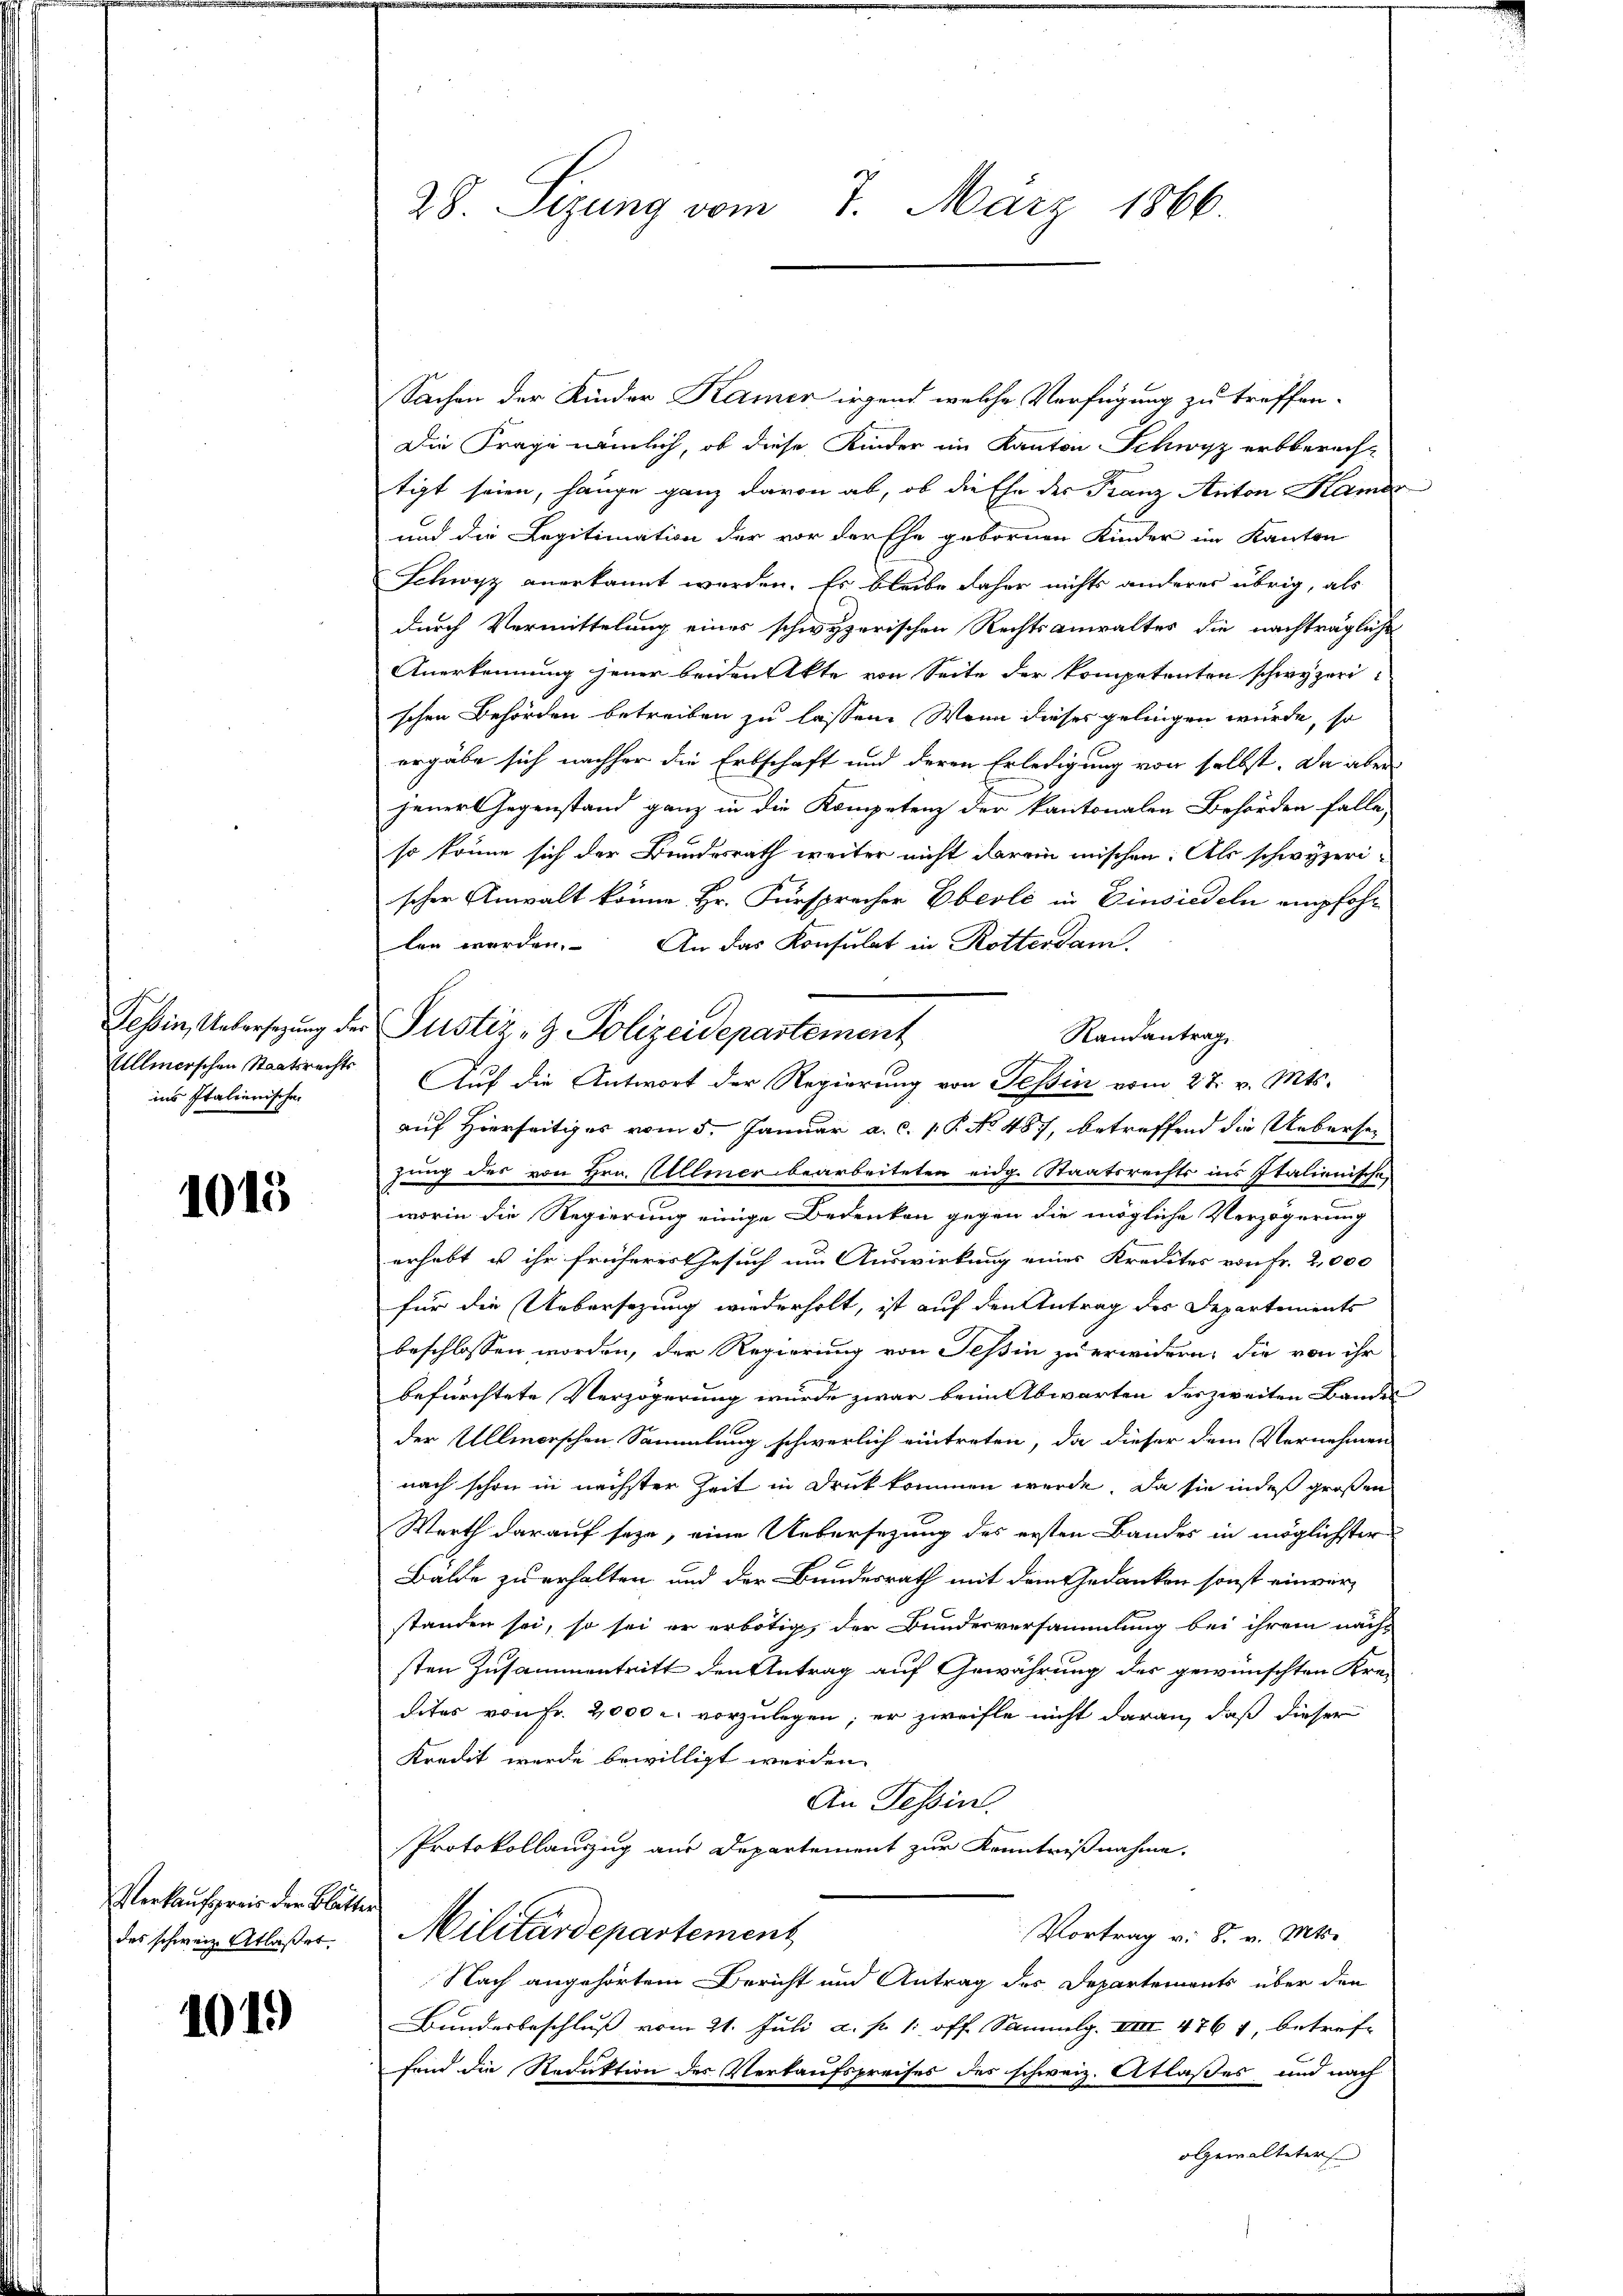
ins Italienischen

1015

Verkaufspreis der Blätter
des schweiz. Atlaßet.

1019

28. Sizung vom 7. März 1866.

Sachen der Kinder Kamer irgend welche Verfügung zu treffen-
Die Frage nämlich, ob diese Kinder im Kanton Schwyz erbberech-
tigt seien, hänge ganz davon ab, ob die Ehe der Franz Anton Kamer
und die Legitimation der vor der Ehe gebornen Kinder im Kanton
Schwyz anerkannt werden. Es bleibe daher nichts anderes übrig, als
durch Vermittelung eines schwyzerischen Rechtsanwaltes die nachträgliche
Anerkennung jener beidenkte von Seite der kompetenten schwyzeri-
schen Behörden betreiben zu lassen. Wenn dieses gelingen würde, so
ergäbe sich nachher die Erbschaft und deren Erledigung von selbst. Da aber
jener Gegenstand ganz in die Kompetenz der kantonalen Behörden falle,
so könne sich der Bundesrath weiter nicht darin mischen. Als schwyzeri-
scher Anwalt könne Hr. Fürspracher Eberli in Einsiedeln empfohl
len werden. An das Konsulat in Rotterdam,
Tessin, Untersezung der Pustiz- & Polizeidepartement
Randantrag
Ullmerschen Staatsrechts Auf die Antwort der Regierung von Tessin vom 27. v. Mts.
auf Hierseitiges vom 5. Januar a. c. 1 P. No 487, betreffend die Uebersei
zung des von Hrn. Allener bearbeiteten eidg. Staatsrechts ins Italienische
worin die Regierung einige Bedenken gegen die mögliche Verzögerung
erhebt u ihr früheres Gesuch um Auswirkung eines Kredites von Fr. 2,000
für die Uebersezung wiederholt, ist auf den Antrag des Departements
beschlossen worden, der Regierung von Tessin zu erwidern, die von ihr
befürchtete Verzögerung wurde zwar beim Abwarten des zweiten Bandes
der Ullmorschen Sammlung schwerlich eintreten, da dieser dem Vernehmen
nach schon in nächster Zeit in Druckkommen werde. Da sie indes großen
Werth darauf seye, eine Uebersezung des ersten Bandes in möglichster
Bälde zu erhalten und der Bundesrath mit dem Gedanken sonst einver-
standen sei, so sei er erbötig, der Bundesversammlung bei ihrem nächsten Zusammentritt den Antrag auf Gewährung des gewünschten Kre-
dites von Fr. 2,000 u. vorzulegen, er zweifle nicht daran, daß dieser
Kredit wurde bewilligt werden.
An Tessin.
Protokollauszug aus Departement zur Kenntnißnahme.
Militärdepartement
Vortrag v. S. v. Mts.
Nach angehörtem Bericht und Antrag des Departements über den
Bundesbeschluß vom 21. Juli a. p. 1. off. Sammlg. VIII 476 1, betref-
fend die Reduktion des Verkaufspreises des schweiz. Atlaßes und nach
ogewalteter